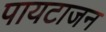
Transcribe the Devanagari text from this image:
पायटाजन